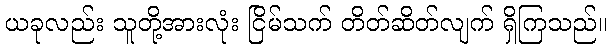
ယခုလည်း သူတို့အားလုံး ငြိမ်သက် တိတ်ဆိတ်လျက် ရှိကြသည်။